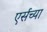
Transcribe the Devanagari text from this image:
एर्सच्या